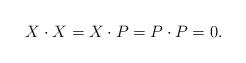
LaTeX: \begin{align*}X\cdot X=X\cdot P=P\cdot P=0. \end{align*}